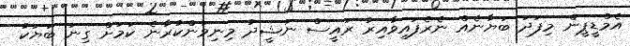
އެމްޑީޕީން މިފަދަ ބަޔާނެއް ނެރެފައިވާއިރު ރައީސް ނަޝީދު މިނިވަންކުރާނެ ކަމަށް ގިނަ ބަޔަކު